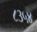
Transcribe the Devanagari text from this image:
८३५४